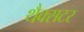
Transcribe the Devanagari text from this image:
थैक्सटर